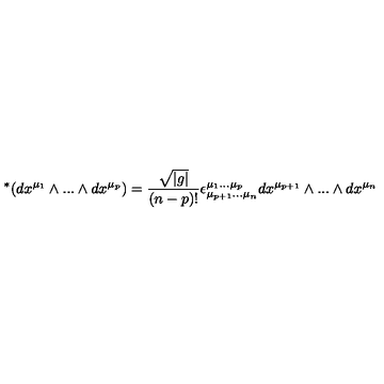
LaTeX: \ ^ { * } ( d x ^ { \mu _ { 1 } } \wedge . . . \wedge d x ^ { \mu _ { p } } ) = \frac { \sqrt { | g | } } { ( n - p ) ! } \epsilon _ { \mu _ { p + 1 } . . . \mu _ { n } } ^ { \mu _ { 1 } . . . \mu _ { p } } d x ^ { \mu _ { p + 1 } } \wedge . . . \wedge d x ^ { \mu _ { n } }